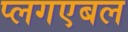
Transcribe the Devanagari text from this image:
प्लगएबल